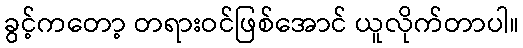
ခွင့်ကတော့ တရားဝင်ဖြစ်အောင် ယူလိုက်တာပါ။